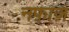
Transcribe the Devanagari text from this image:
नफ़ाज़